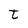
Character: t